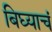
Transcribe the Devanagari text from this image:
बिघ्याचं